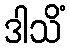
ဒါသိံ